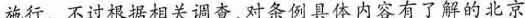
施行。不过根据相关调查，对条例具体内容有了解的北京